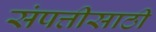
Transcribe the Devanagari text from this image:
संपत्तीसाठी